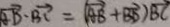
\overrightarrow { A D } \cdot \overrightarrow { B C } = ( \overrightarrow { A B } + \overrightarrow { B D } ) \overrightarrow { B C }